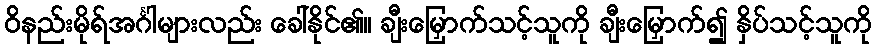
ဝိနည်းမိုရ်အင်္ဂါများလည်း ခေါ်နိုင်၏။ ချီးမြှောက်သင့်သူကို ချီးမြှောက်၍ နှိပ်သင့်သူကို